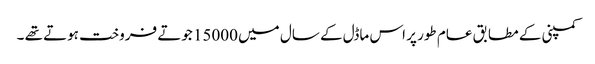
کمپنی کے مطابق عام طور پر اس ماڈل کے سال میں 15000 جوتے فروخت ہوتے تھے ۔